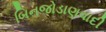
બિનજોડાણવાદી